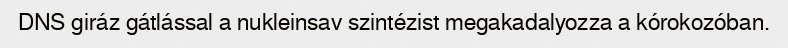
DNS giráz gátlással a nukleinsav szintézist megakadalyozza a kórokozóban.